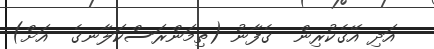
އަދި އޭގެކުރިން  ގެފާނު (ތިމަންރަސްކަލާނގެ  އަށް)